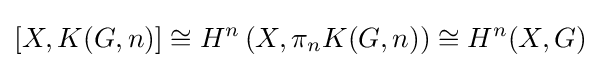
[X,K(G,n)]\cong H^{n}\left(X,\pi _{n}K(G,n)\right)\cong H^{n}(X,G)